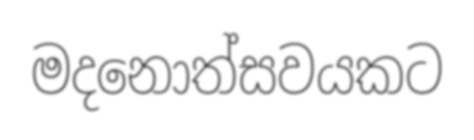
මදනොත්සවයකට